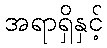
အရာရှိနှင့်